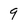
Character: 9